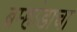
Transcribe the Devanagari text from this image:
ब्रम्हांडाचा